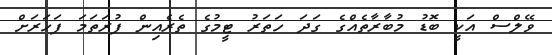
ވޭލްސް އަކީ ބޮޑު މުބާރާތެއްގެ ގަދަ ހަތަރު ޓީމުގެ ތެރެއިން ފުރަތަމަ ފަހަރަށް